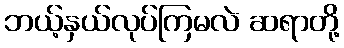
ဘယ့်နှယ်လုပ်ကြမလဲ ဆရာတို့